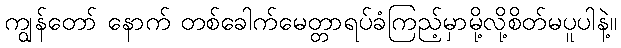
ကျွန်တော် နောက် တစ်ခေါက်မေတ္တာရပ်ခံကြည့်မှာမို့လို့စိတ်မပူပါနဲ့။